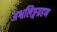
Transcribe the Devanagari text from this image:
अश्वलिङ्गग्रहण